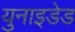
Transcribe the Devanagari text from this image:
युनाइडेड